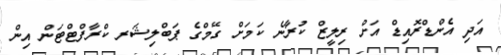
އަދި އެންޑްރޮއިޑް އަށް ރިލީޒް ކުރާނެ ކަމަށް ގޭމްގެ ޕަބްލިޝަރ ކްރާފްޓްޓަން އިން